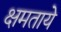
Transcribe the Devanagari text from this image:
क्षमताये